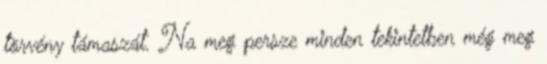
törvény támaszát. Na meg persze minden tekintetben még meg